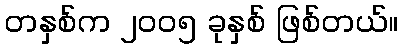
တနှစ်က ၂၀၀၅ ခုနှစ် ဖြစ်တယ်။